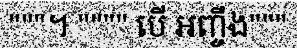
"""។ """" បើ អញ្ចឹង"""